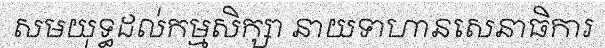
សមយុទ្ធដល់កម្មសិក្សា នាយទាហានសេនាធិការ